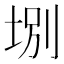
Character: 𡌀